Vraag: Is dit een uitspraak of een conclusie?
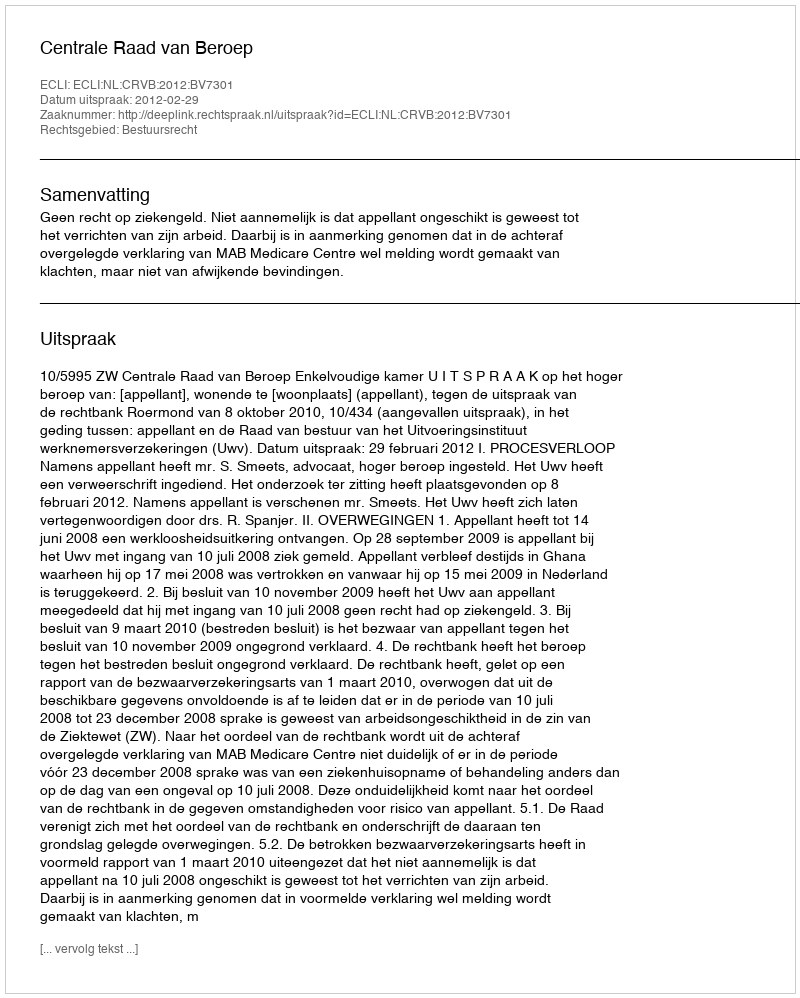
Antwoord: Uitspraak